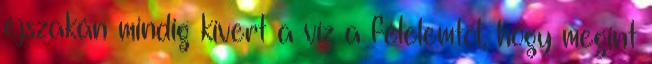
éjszakán mindig kivert a víz a félelemtől, hogy megint